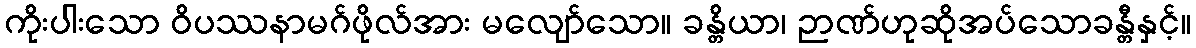
ကိုးပါးသော ဝိပဿနာမဂ်ဖိုလ်အား မလျော်သော။ ခန္တိယာ၊ ဉာဏ်ဟုဆိုအပ်သောခန္တီနှင့်။